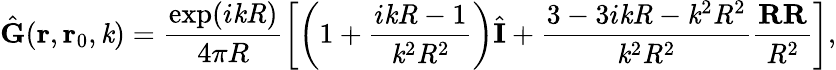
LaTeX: \hat{\mathbf{G}}(\mathbf{r},\mathbf{r}_{0},\mathit{k})=\frac{\exp(i\mathit{k}\mathit{R})}{4\pi R}\left[\left(1+\frac{i\mathit{k}\mathit{R}-1}{\mathit{k}^{2}\mathit{R}^{2}}\right)\hat{\mathbf{I}}+\frac{3-3i\mathit{k}\mathit{R}-\mathit{k}^{2}\mathit{R}^{2}}{\mathit{k}^{2}\mathit{R}^{2}}\frac{\mathbf{R}\mathbf{R}}{\mathit{R}^{2}}\right],